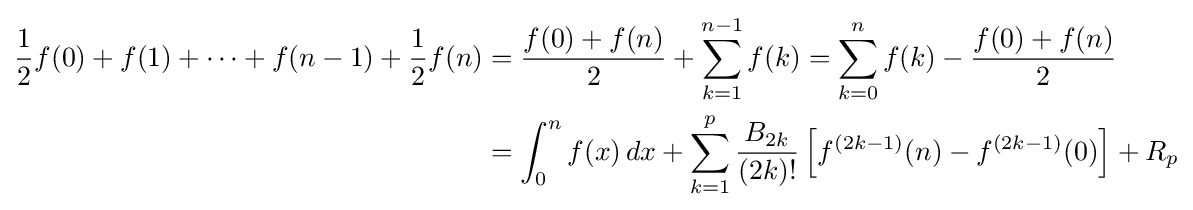
{\begin{aligned}{\frac {1}{2}}f(0)+f(1)+\cdots +f(n-1)+{\frac {1}{2}}f(n)&={\frac {f(0)+f(n)}{2}}+\sum _{k=1}^{n-1}f(k)=\sum _{k=0}^{n}f(k)-{\frac {f(0)+f(n)}{2}}\\&=\int _{0}^{n}f(x)\,dx+\sum _{k=1}^{p}{\frac {B_{2k}}{(2k)!}}\left[f^{(2k-1)}(n)-f^{(2k-1)}(0)\right]+R_{p}\end{aligned}}